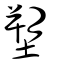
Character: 塑